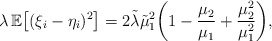
\begin{align*} \lambda\,\mathbb E \bigl[(\xi_i-\eta_i)^2 \bigr] =2\tilde\lambda\tilde\mu_1^2 \biggl(1-\frac{\mu_2}{\mu_1}+\frac{\mu_2^2}{\mu_1^2}\biggr),\end{align*}